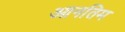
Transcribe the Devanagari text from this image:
आनतिम